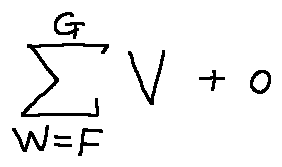
\sum \limits _ { w = F } ^ { G } V + o